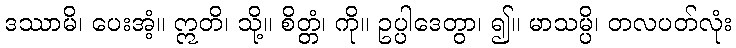
ဒဿာမိ၊ ပေးအံ့။ ဣတိ၊ သို့။ စိတ္တံ၊ ကို။ ဥပ္ပါဒေတွာ၊ ၍။ မာသမ္ပိ၊ တလပတ်လုံး